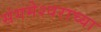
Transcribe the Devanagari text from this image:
संगमेश्वराच्या